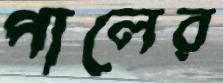
পালের